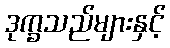
ဒုက္ခသည်များနှင့်